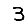
Digit: 3